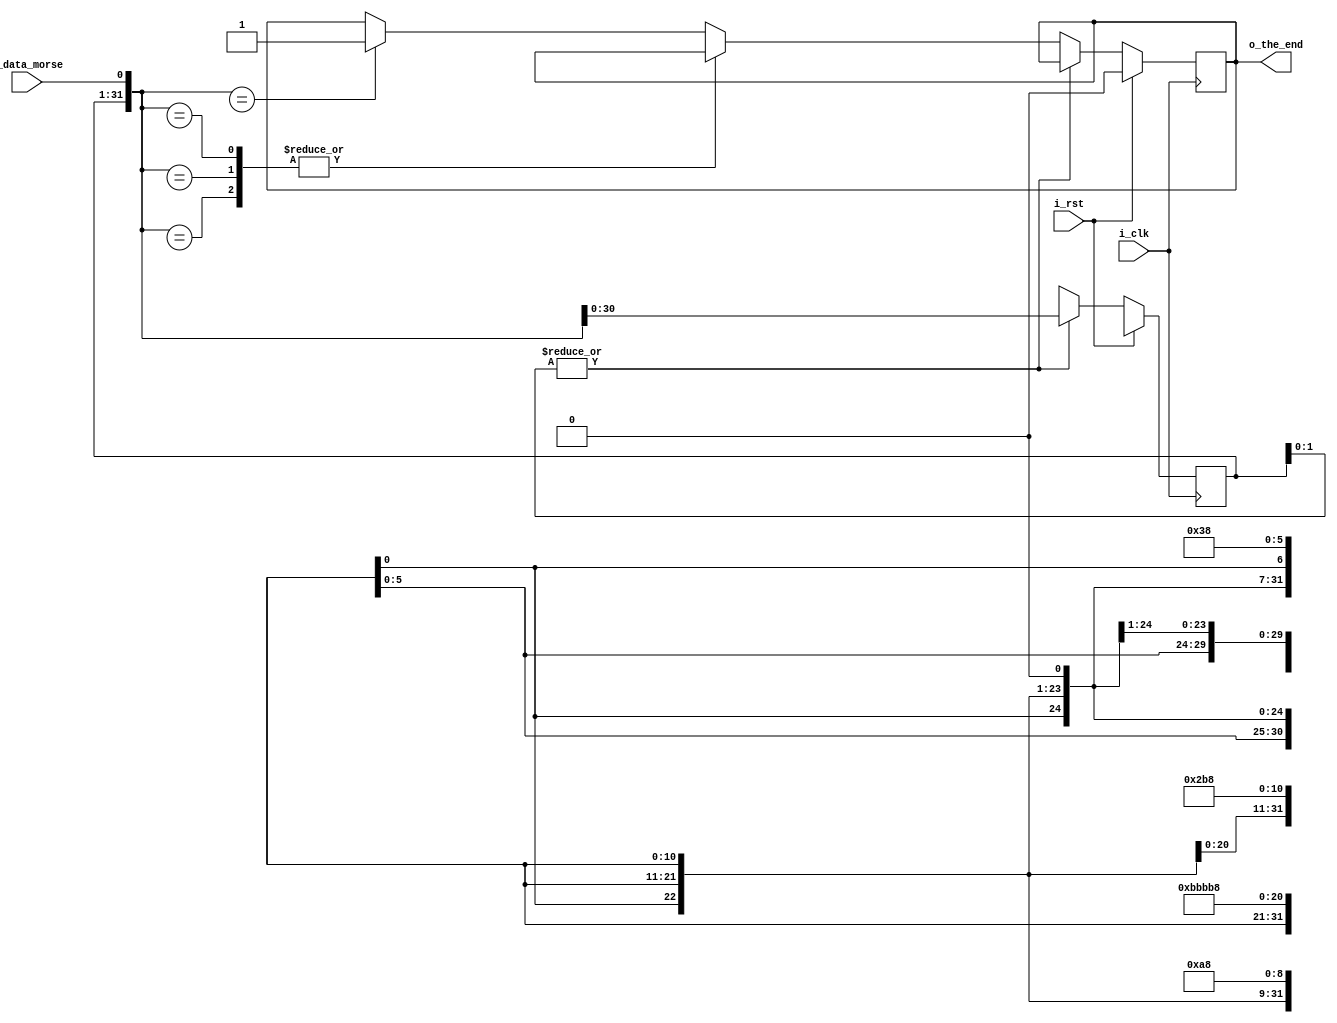
module receiver (
    i_clk,
    i_rst,
    i_data_morse,
    o_the_end
);

    input i_clk, i_rst, i_data_morse;
    output reg o_the_end;

    reg [7:0] mem[64:0];
    reg [31:0] data_morse;
    reg [7:0] adr = 0;
    reg end_sign;
   
    assign end_sign = ~|data_morse[1:0];

    always @(posedge i_clk) begin
        data_morse = {data_morse[30:0], i_data_morse}; 
        if(i_rst) begin
            adr = 0;
            o_the_end = 0;
            data_morse = 'b xxxx_xxxx_xxxx_xxxx_xxxx_xxxx_xxxx_xxx0;    
        end else if(end_sign) begin
            case (data_morse)
                'b xxxx_xxxx_xxxx_xxxx_xxxx_xxxx_0x11_1000: mem[adr] = 'h 54;//T    
                'b xxxx_xxxx_xxxx_xxxx_xxxx_x010_1011_1000: mem[adr] = 'h 55;//U
                'b xxxx_xxxx_xxxx_xxxx_xxxx_xxx0_1010_1000: mem[adr] = 'h 53;//S
                'b xxxx_xxxx_xxxx_xxxx_xxxx_xxx0_1011_1000: mem[adr] = 'h 41;//A
                'b xxxx_xxxx_xxxx_xxxx_xxx0_1110_1011_1000: mem[adr] = 'h 4B;//K
                'b xxxx_xxxx_xxxx_xxxx_xxxx_xxxx_xxxx_0000: mem[adr] = 'h 20;//[space]
                'b xxxx_xxxx_xxxx_xxxx_xxxx_x011_1010_1000: mem[adr] = 'h 44;//D
                'b xxxx_xxxx_xxx0_1110_1110_1110_1110_1000: mem[adr] = 'h 39;//9     
                'b xxxx_xxxx_xxx0_1011_1011_1011_1011_1000: begin 
                     mem[adr] = 'h 31;//1
                    o_the_end = 1;
                end
            endcase
            adr = adr + 1;
            data_morse = 'hx;
        end  
    end
    
endmodule